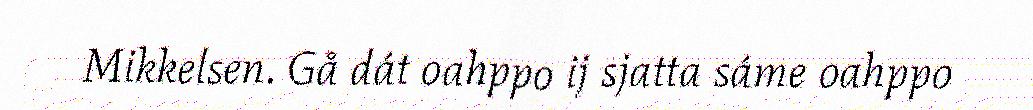
Mikkelsen. Gå dát oahppo ij sjatta sáme oahppo